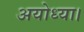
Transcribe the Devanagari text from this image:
अयोध्या।